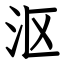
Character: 沤